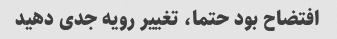
افتضاح بود حتما، تغییر رویه جدی دهید